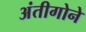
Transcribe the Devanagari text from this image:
अंतीगोने